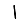
Digit: 1